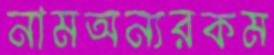
নামঅন্যরকম